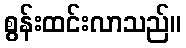
စွန်းထင်းလာသည်။